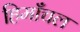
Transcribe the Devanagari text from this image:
हिमाँचल